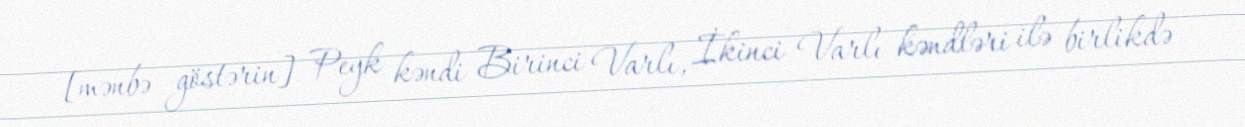
[mənbə göstərin] Peyk kəndi Birinci Varlı, İkinci Varlı kəndləri ilə birlikdə